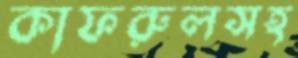
কাফরুলসহ